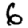
Digit: 6